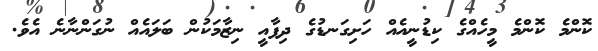
ކޮންމެ ކޮންމެ މީހެއްގެ ކިޑުނީއެއް ހަށިގަނޑުގެ ދިފާއީ ނިޒާމަކުން ބަލައެއް ނުގަންނާނެ އެވެ.